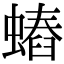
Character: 𧐍